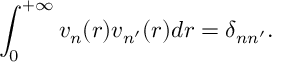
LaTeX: \int _ { 0 } ^ { + \infty } v _ { n } ( r ) v _ { n ^ { \prime } } ( r ) d r = \delta _ { n n ^ { \prime } } .